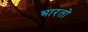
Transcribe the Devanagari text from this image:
भारताे